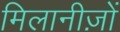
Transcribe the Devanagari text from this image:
मिलानीज़ों